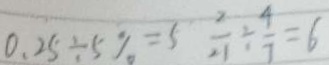
0 . 2 5 \div 5 \% = 5 \frac { 2 } { 2 1 } \div \frac { 4 } { 7 } = 6